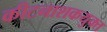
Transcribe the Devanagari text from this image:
कीटनाशकयुक्त